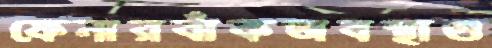
ফেনারবাঁকঅবস্থাগু